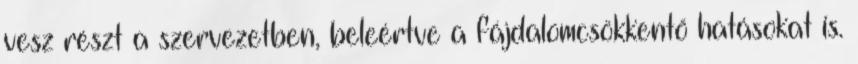
vesz részt a szervezetben, beleértve a fájdalomcsökkentő hatásokat is.